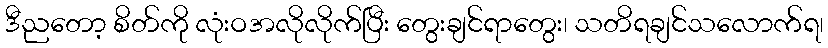
ဒီညတော့ စိတ်ကို လုံးဝအလိုလိုက်ပြီး တွေးချင်ရာတွေး၊ သတိရချင်သလောက်ရ၊